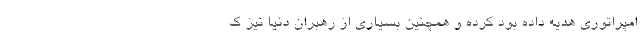
امپراتوری هدیه داده بود کرده و همچنین بسیاری از رهبران دنیا نیز ک